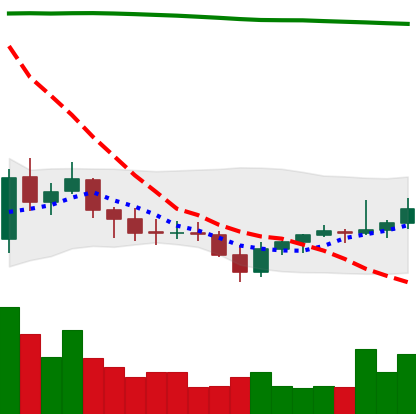
Ticker: EOS-USD
Chart end date: 2021-07-28
Forward return: 3.359%
Label: up_3_5